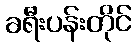
ခရီးပန်းတိုင်